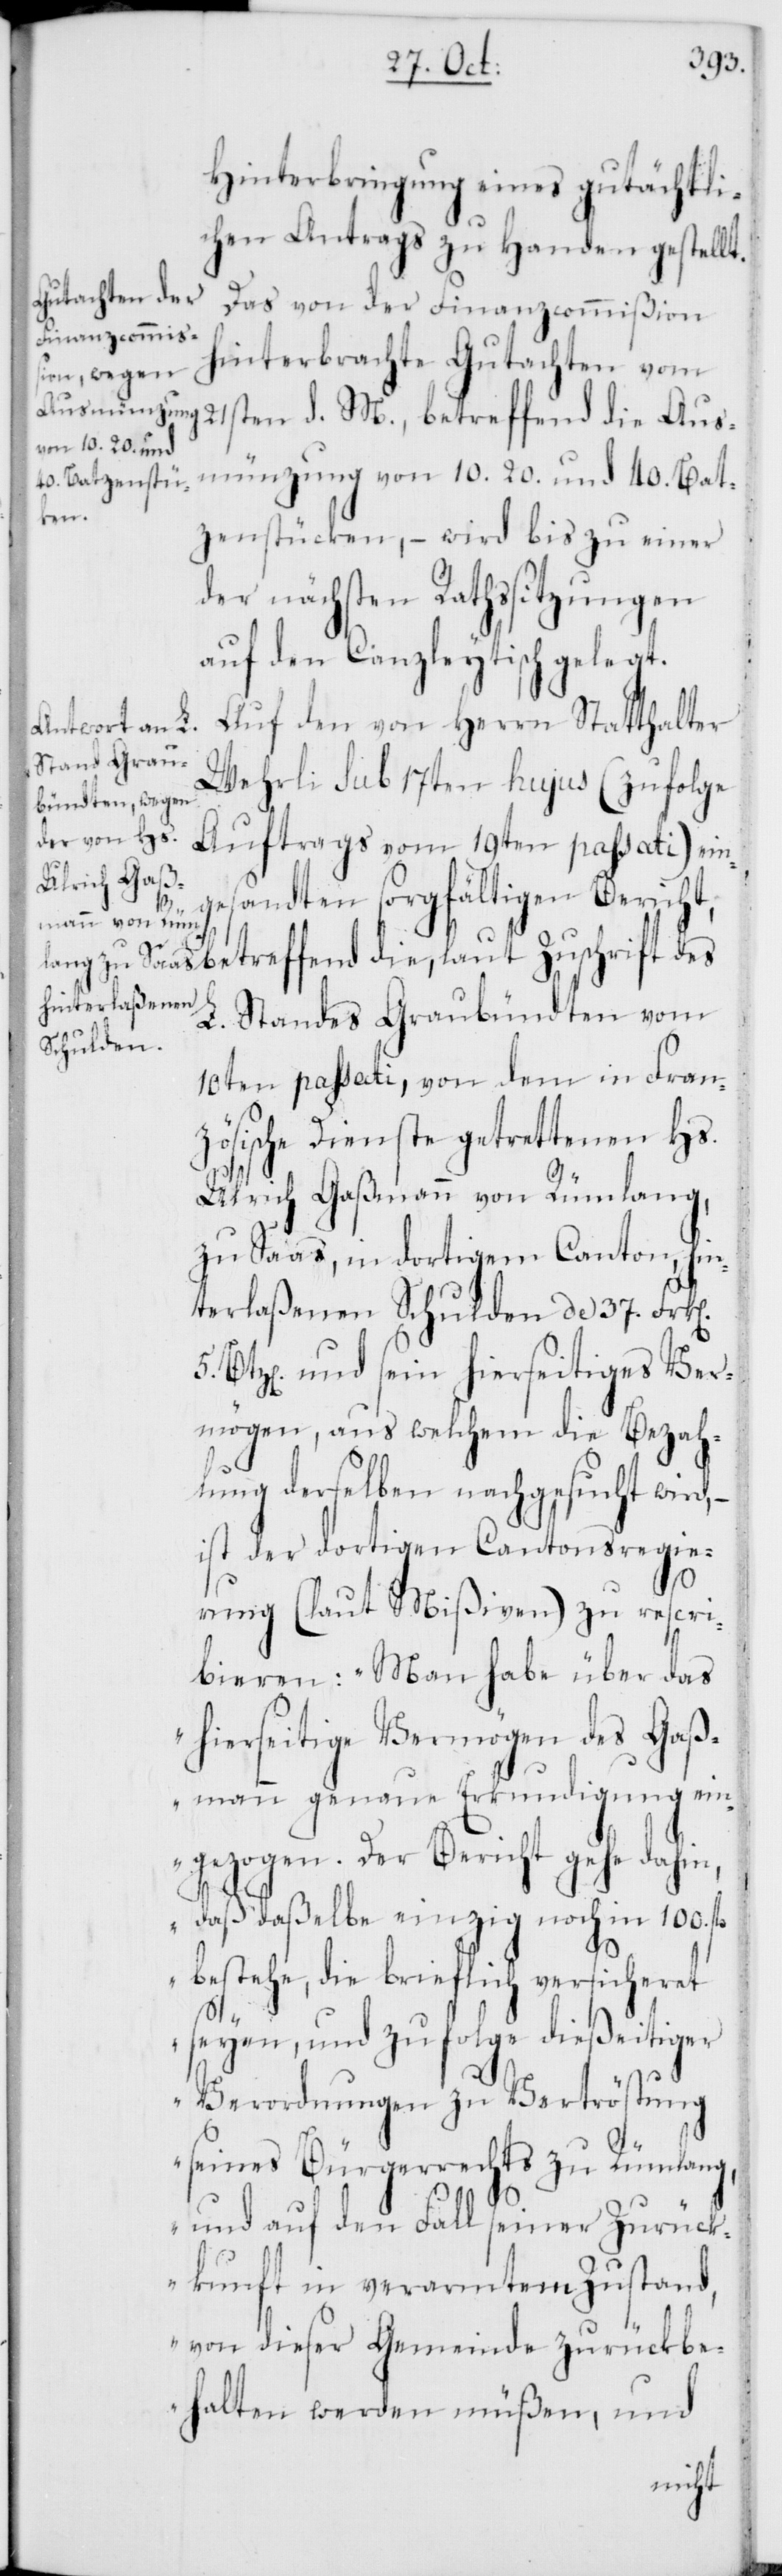
Hinterbringung eines gutächtli¬
chen Antrags zu Handen gestellt.
Das von der Finanzcommißion
hinterbrachte Gutachten vom
21sten d. M., betreffend die Aus¬
münzung von 10.[,] 20. und 40. Bat¬
zenstücken, – wird bis zu einer
der nächsten Rathssitzungen
auf den Canzleytisch gelegt.
Auf den von Herrn Statthalter
Wehrli sub 17ten hujus (zufolge
Auftrags vom 19ten passati) ein¬
gesandten sorgfältigen Bericht,
betreffend die, laut Zuschrift des
L. Standes Graubündten vom
10ten passati, von dem in Fran¬
zösische Dienste getrettenen Hs.
Ulrich Gaßmann von Rümlang,
zu Saas, in dortigem Canton, hin¬
terlaßenen Schulden de 37. Frk[e¬
Btz[en] und sein hierseitiges Ver¬
mögen, aus welchem die Bezah¬
lung derselben nachgesucht wird,
ist der dortigen Cantonsregie¬
5.
rung (laut Mißiven) zu rescri¬
bieren: „Man habe über das
hierseitige Vermögen des Gaß¬
mann genaue Erkundigung ein¬
gezogen. Der Bericht gehe dahin,
daß daßelbe einzig noch in 100.
bestehe, die brieflich versicheret
seyen, und zufolge dießeitiger
Verordnungen zu Vertröstung
seines Bürgerrechts zu Rümlang,
und auf den Fall seiner Zurück¬
kunft in verarmtem Zustand,
von dieser Gemeinde zurückbe¬
halten werden müßen, und